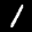
Label: 1